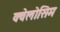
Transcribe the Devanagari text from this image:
क्वेलोसिम